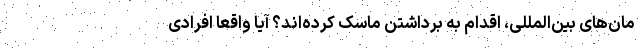
مان‌های بین‌المللی، اقدام به برداشتن ماسک کرده‌اند؟ آیا واقعا افرادی